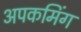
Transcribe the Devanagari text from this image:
अपकमिंग